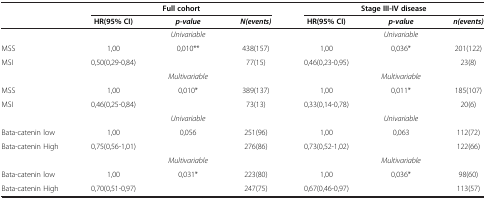
<table><thead><tr><td><b> </b></td><td colspan="3"><b>Full cohort</b></td><td colspan="3"><b>Stage III-IV disease</b></td></tr><tr><td><b> </b></td><td><b>HR(95% CI)</b></td><td><b><i>p-value</i></b></td><td><b><i>N(events)</i></b></td><td><b>HR(95% CI)</b></td><td><b><i>p-value</i></b></td><td><b><i>n(events)</i></b></td></tr></thead><tbody><tr><td> </td><td> </td><td><i>Univariable</i></td><td> </td><td> </td><td><i>Univariable</i></td><td> </td></tr><tr><td>MSS</td><td>1,00</td><td>0,010**</td><td>438(157)</td><td>1,00</td><td>0,036*</td><td>201(122)</td></tr><tr><td>MSI</td><td>0,50(0,29-0,84)</td><td> </td><td>77(15)</td><td>0,46(0,23-0,95)</td><td> </td><td>23(8)</td></tr><tr><td> </td><td> </td><td><i>Multivariable</i></td><td> </td><td> </td><td><i>Multivariable</i></td><td> </td></tr><tr><td>MSS</td><td>1,00</td><td>0,010*</td><td>389(137)</td><td>1,00</td><td>0,011*</td><td>185(107)</td></tr><tr><td>MSI</td><td>0,46(0,25-0,84)</td><td> </td><td>73(13)</td><td>0,33(0,14-0,78)</td><td> </td><td>20(6)</td></tr><tr><td> </td><td> </td><td><i>Univariable</i></td><td> </td><td> </td><td><i>Univariable</i></td><td> </td></tr><tr><td>Bata-catenin low</td><td>1,00</td><td>0,056</td><td>251(96)</td><td>1,00</td><td>0,063</td><td>112(72)</td></tr><tr><td>Bata-catenin High</td><td>0,75(0,56-1,01)</td><td> </td><td>276(86)</td><td>0,73(0,52-1,02)</td><td> </td><td>122(66)</td></tr><tr><td> </td><td> </td><td><i>Multivariable</i></td><td> </td><td> </td><td><i>Multivariable</i></td><td> </td></tr><tr><td>Bata-catenin low</td><td>1,00</td><td>0,031*</td><td>223(80)</td><td>1,00</td><td>0,036*</td><td>98(60)</td></tr><tr><td>Bata-catenin High</td><td>0,70(0,51-0,97)</td><td> </td><td>247(75)</td><td>0,67(0,46-0,97)</td><td> </td><td>113(57)</td></tr></tbody></table>